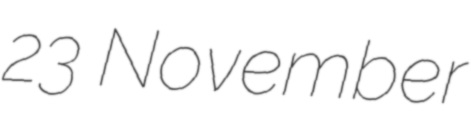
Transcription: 23 November